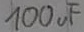
Text: 100uF